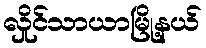
လှိုင်သာယာမြို့နယ်